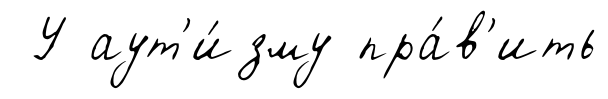
У аут'и́зму пра́в'ить